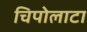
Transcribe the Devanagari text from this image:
चिपोलाटा